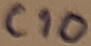
Text: C10